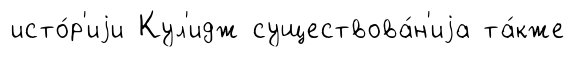
исто́р'иjи Кул'идж существова́н'иjа та́кже